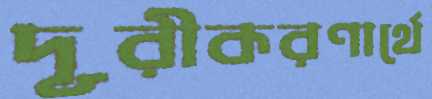
দূরীকরণার্থে